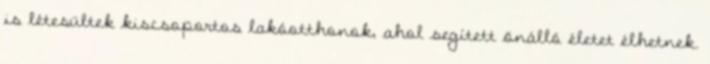
is létesültek kiscsoportos lakóotthonok, ahol segített önálló életet élhetnek.